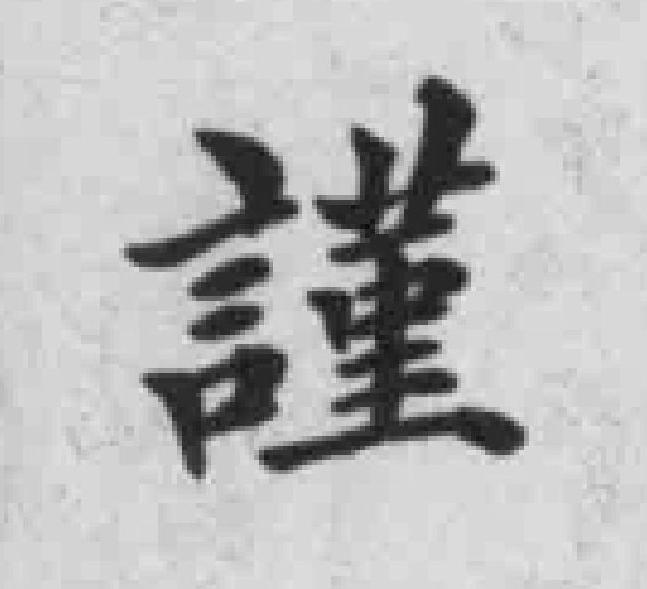
謹